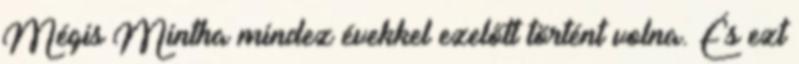
Mégis Mintha mindez évekkel ezelőtt történt volna. És ezt